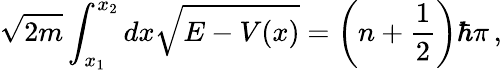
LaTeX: \sqrt{2m}\int_{x_{1}}^{x_{2}}dx\sqrt{E-V(x)}=\left(n+\frac{1}{2}\right)\hbar\pi\, ,